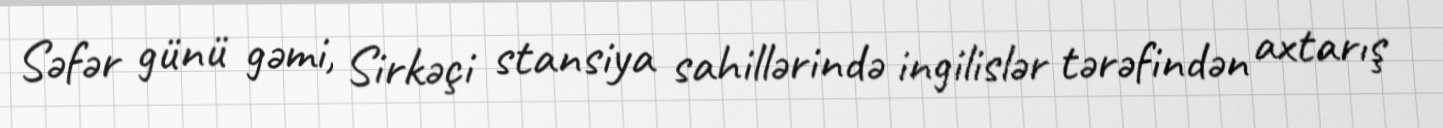
Səfər günü gəmi, Sirkəçi stansiya sahillərində ingilislər tərəfindən axtarış